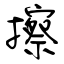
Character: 擦